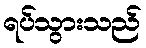
ရပ်သွားသည်